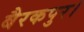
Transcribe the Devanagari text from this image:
बैरकपुर।